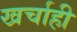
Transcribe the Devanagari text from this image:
खर्चाही